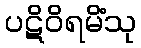
ပဋိဝိရမိံသု